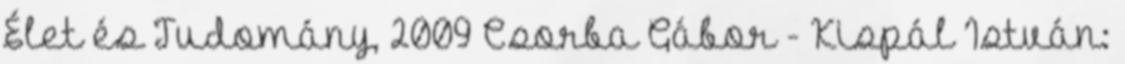
Élet és Tudomány, 2009 Csorba Gábor - Kispál István: